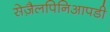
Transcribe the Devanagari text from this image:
सेज़ैलपिनिआपडी